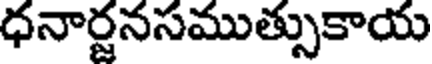
ధనార్జనసముత్సుకాయ